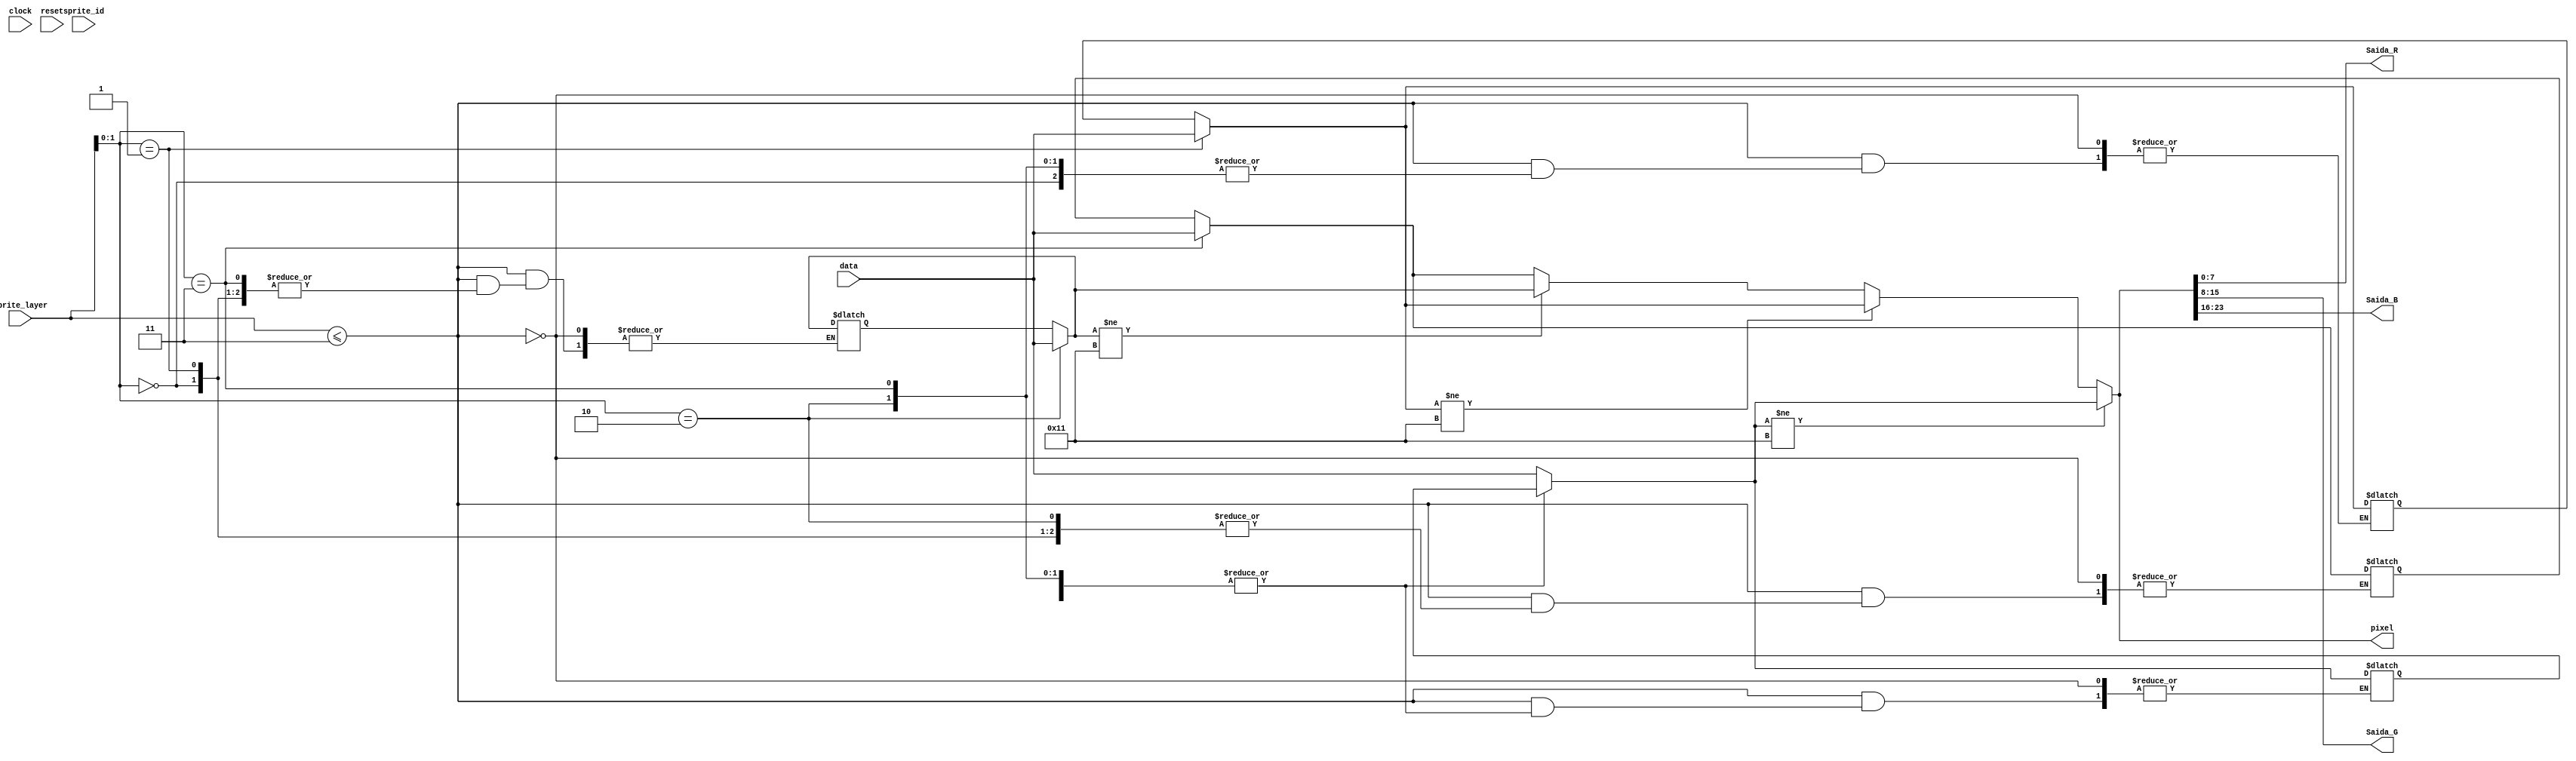
////UNIVERSIDADE FEDERAL DA BAHIA
////CDIGO REFERENTE A FINS AVALIATIVOS NA DISCIPLINA DE LABIV
////ALUNO: JOO RIOS
module merge_sprites (
input clock,
input reset,
input [4:0] sprite_id,
input [4:0] sprite_layer,
input [23:0] data,

output reg [23:0] pixel,
output reg [7:0] Saida_R,
output reg [7:0] Saida_G,
output reg [7:0] Saida_B

);


reg [23:0] memory_layer[3:0]; 
integer  i;
reg [23:0] saida;
always @(*) begin 

	if(sprite_layer <= 3) begin
	
	memory_layer[sprite_layer] = data;
		for(i = 3  ; i>=0 ; i = i-1) begin
			
			if(memory_layer[i] != 17) begin
			saida = memory_layer[i];
			 end
			
		end
	end
	
	pixel = saida;
	Saida_R = saida[7:0];
   Saida_G = saida[15:8];
   Saida_B = saida[23:16];
	end 
	
	
	endmodule